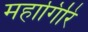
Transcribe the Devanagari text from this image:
महागिरि